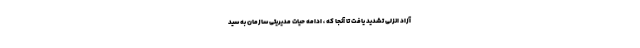
آزاد انزلی تشدید یافت تا آنجا که ، ادامه حیات مدیریتی سازمان به سید